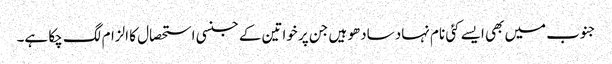
جنوب میں بھی ایسے کئی نام نہاد سادھو ہیں جن پر خواتین کے جنسی استحصال کا الزام لگ چکا ہے۔